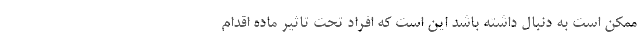
ممکن است به دنبال داشته باشد این است که افراد تحت تاثیر ماده اقدام